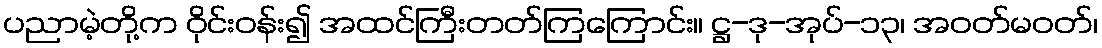
ပညာမဲ့တို့က ဝိုင်းဝန်း၍ အထင်ကြီးတတ်ကြကြောင်း။ ဋ္ဌ-ဒု-အုပ်-၁၃၊ အဝတ်မဝတ်၊